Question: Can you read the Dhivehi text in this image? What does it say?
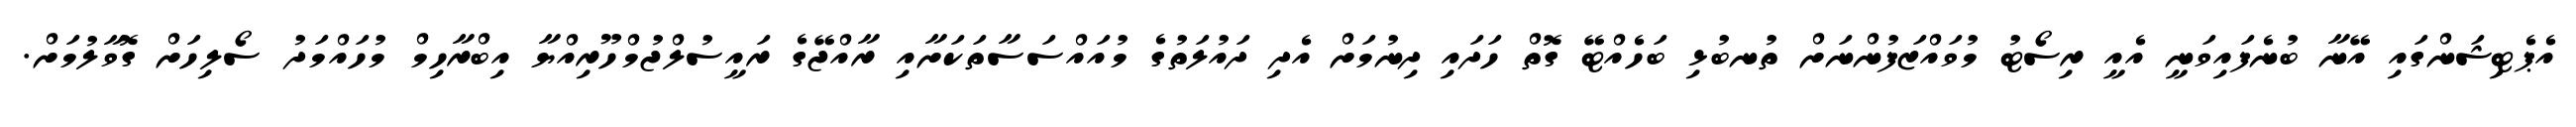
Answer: އެޕެޓިޝަންގައި އޭނާ ބުނެފައިވަނީ އެއީ ރިސޯޓު މުވައްޒަފުންނަށް ތުނބުޅި ބަހެއްޓޭ ގޮތް ހަދައި ދިނުމަށް އެދި ދައުލަތުގެ މުއައްސަސާތަކަށާއި ރާއްޖޭގެ ރައީސުލްޖުމްހޫރިއްޔާ އިބްރާހިމް މުހައްމަދު ސޯލިހަށް ގޮވާލުމަށް.